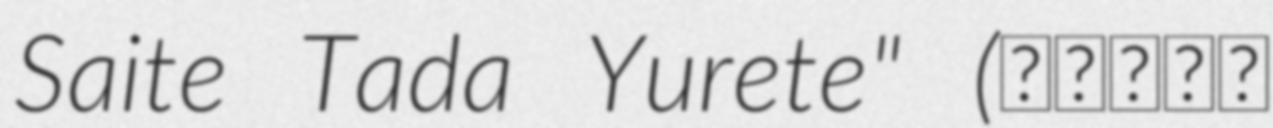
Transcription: Saite Tada Yurete" (花は咲いて